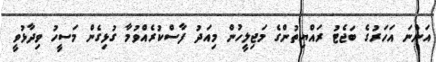
އަންނަ އަހަރުގެ ބަޖެޓު ރައްޔިތުންގެ މަޖިލީހުން މިއަދު ފާސްކުރެއްވުމާ ގުޅިގެން މަސީހު ވިދާޅުވީ